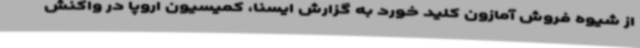
از شیوه فروش آمازون کلید خورد به گزارش ایسنا، کمیسیون اروپا در واکنش